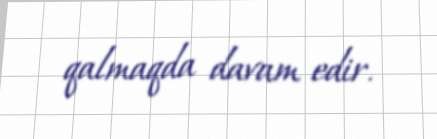
qalmaqda davam edir.